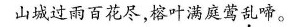
山城过雨百花尽，榕叶满庭莺乱啼。